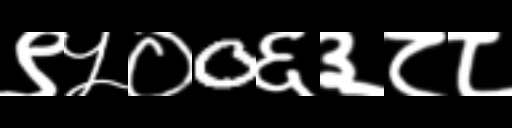
Text: ९५०0६३८८